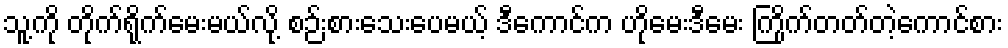
သူ့ကို တိုက်ရိုက်မေးမယ်လို့ စဉ်းစားသေးပေမယ့် ဒီကောင်က ဟိုမေးဒီမေး ကြိုက်တတ်တဲ့ကောင်စား